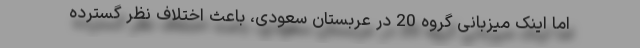
اما اینک میزبانی گروه 20 در عربستان سعودی، باعث اختلاف نظر گسترده